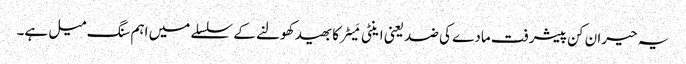
یہ حیران کن پیشرفت مادے کی ضد یعنی اینٹی مَیٹر کا بھید کھولنے کے سلسلے میں اہم سنگ میل ہے۔